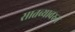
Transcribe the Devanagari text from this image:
सातव्यावरुन